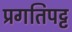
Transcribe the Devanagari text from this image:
प्रगतिपट्ट